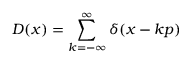
D ( x ) = \sum _ { k = - \infty } ^ { \infty } \delta ( x - k p )